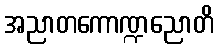
အညာတကောဏ္ဍညောတိ